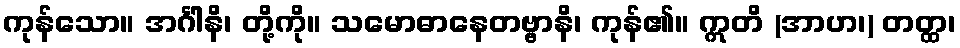
ကုန်သော။ အင်္ဂါနိ၊ တို့ကို။ သမောဓာနေတဗ္ဗာနိ၊ ကုန်၏။ ဣတိ (အာဟ၊) တတ္ထ၊